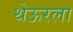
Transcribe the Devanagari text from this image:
थेऊरला